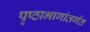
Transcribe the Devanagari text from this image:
पृष्ठाभागांतर्गत